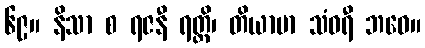
၆၉။ နိသာ စ ရဇနီ ရတ္တိ၊ တိယာမာ သံဝရီ ဘဝေ။